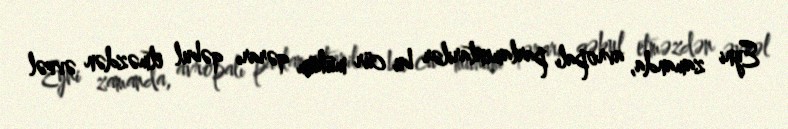
Eyni zamanda, avropalı parlamentarilər bu cür mühüm qərarı qəbul etməzdən əvvəl